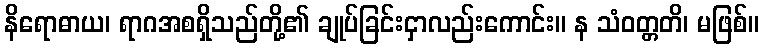
နိရောဓာယ၊ ရာဂအစရှိသည်တို့၏ ချုပ်ခြင်းငှာလည်းကောင်း။ န သံဝတ္တတိ၊ မဖြစ်။